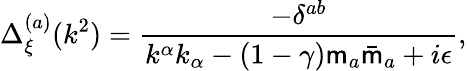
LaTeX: \Delta_{\xi}^{(a)}(k^{2})=\frac{-\delta^{ab}}{k^{\alpha}k_{\alpha}-(1-\gamma){\sf m}_{a}\bar{\sf m}_{a}+i\epsilon},